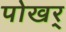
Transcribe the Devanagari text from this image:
पोखर्